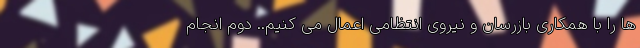
ها را با همکاری بازرسان و نیروی انتظامی اعمال می کنیم.. دوم انجام